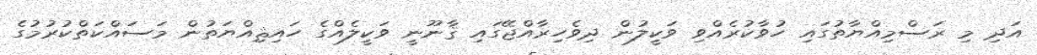
އަދި މި ރަސްމިއްޔާތުގައި ހުވާކުރެއްވި ވަކީލުން ދިވެހިރާއްޖޭގައި ޤާނޫނީ ވަކީލެއްގެ ހައިޘިއްޔަތުން މަސައްކަތްކުރުމުގެ